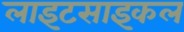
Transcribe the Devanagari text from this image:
लाइटसाइकल